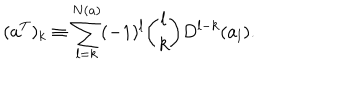
LaTeX: ( a ^ { T } ) _ { k } \equiv \sum _ { l = k } ^ { N ( a ) } ( - 1 ) ^ { l } { \binom { l } { k } } D ^ { l - k } ( a _ { l } ) .